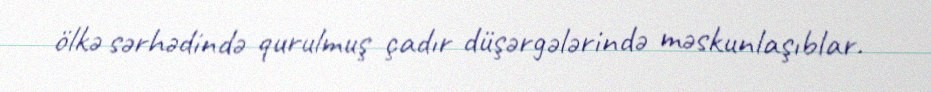
ölkə sərhədində qurulmuş çadır düşərgələrində məskunlaşıblar.